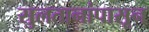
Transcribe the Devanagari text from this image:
सुलतानांपासून